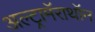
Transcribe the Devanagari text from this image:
अल्ट्रामॅराथॉन